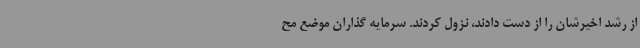
از رشد اخیرشان را از دست دادند، نزول کردند. سرمایه گذاران موضع مح